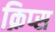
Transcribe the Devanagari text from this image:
क्रिप्‍स